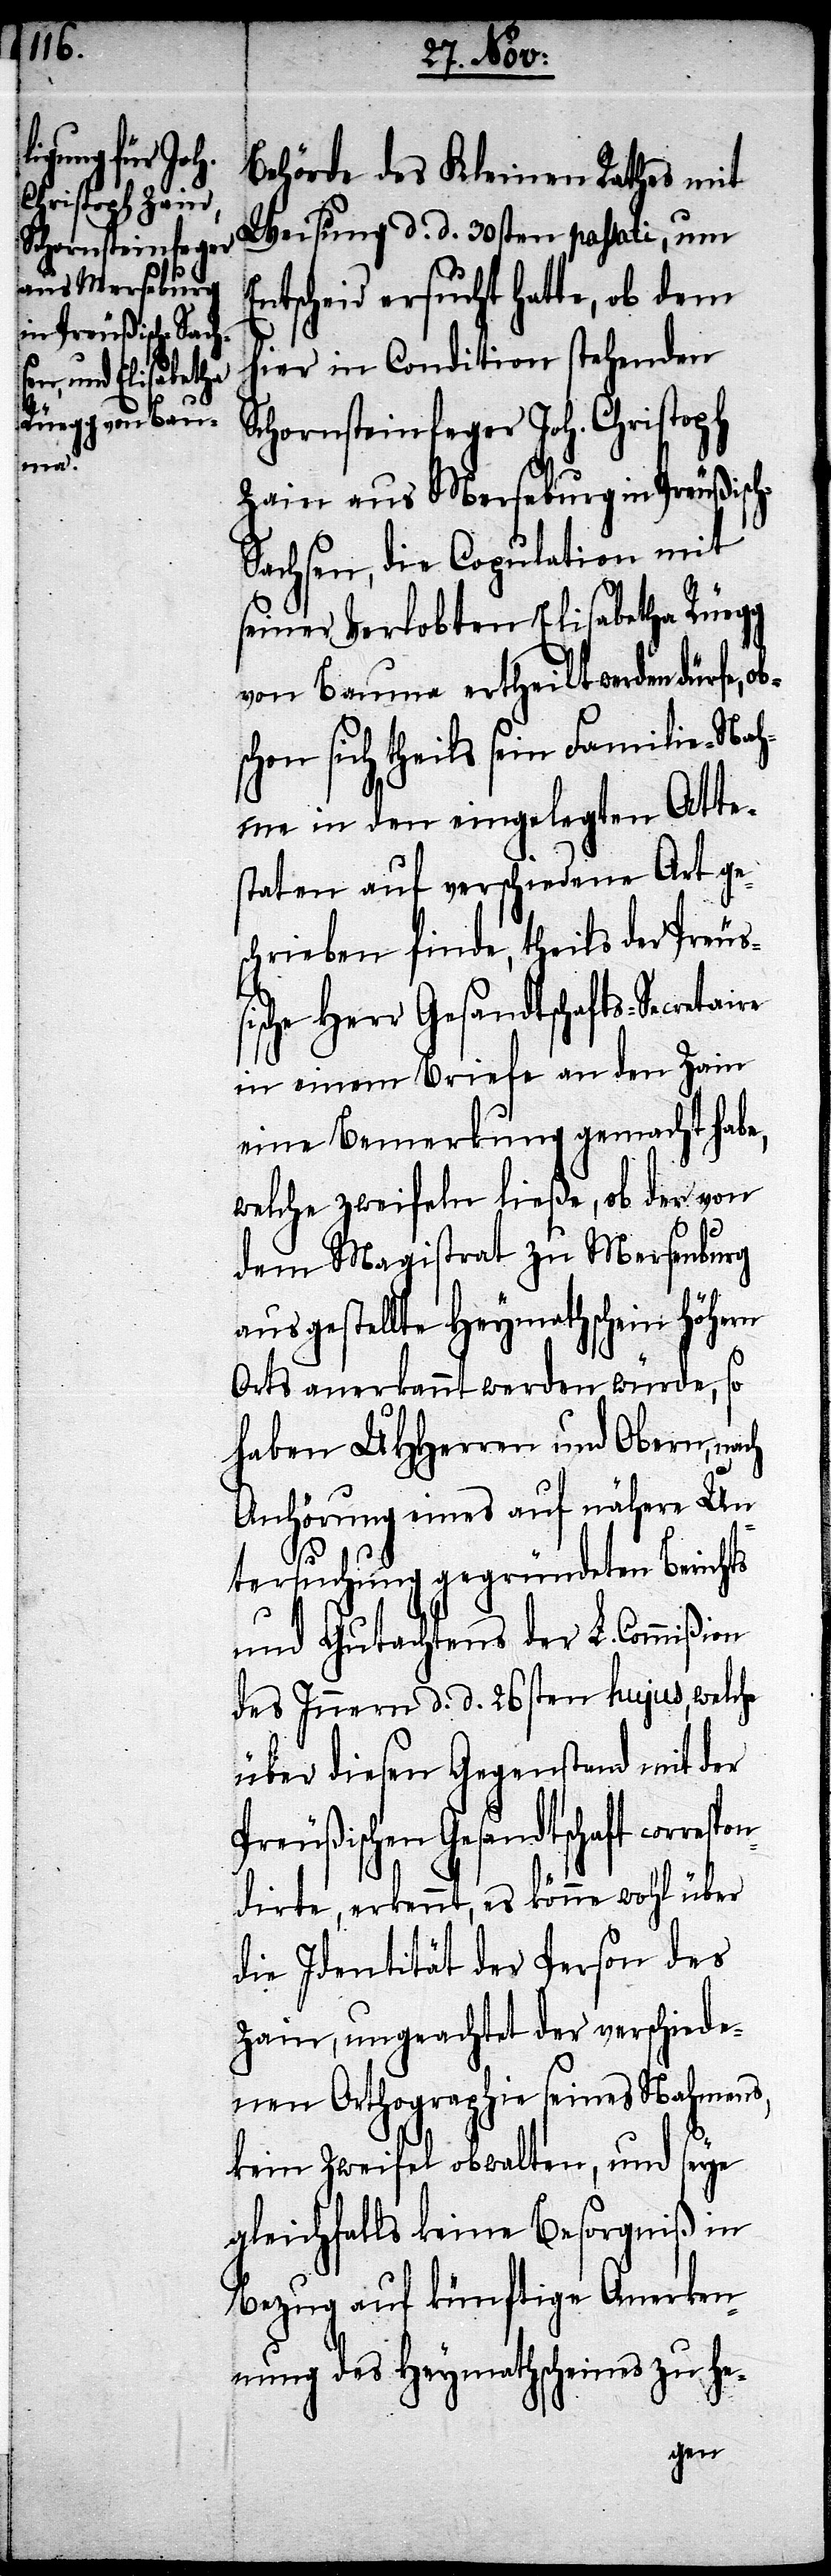
spon¬

Behörde des Kleinen Rathes mit
Weisung d. d. 30sten passati, um
tscheid ersucht hatte, ob dem
hier in Condition stehenden
Schornsteinfeger Joh. Christoph
Zain aus Merseburg in Preußisc¬
achsen, die Copulation mit
seiner Verlobten Elisabetha Rüegg
von Bauma ertheilt werden dürfe,
chon sich theils sein Familie-Nah¬
me in den eingelegten Atte¬
staten auf verschiedene Art ge¬
schrieben finde, theils der Preuß¬
ische Herr Gesandtschafts-Secreta¬
in einem Briefe an den Zain
eine Bemerkung gemacht habe,
welche zweifeln ließe, ob der von
dem Magistrat zu Mersenburg
ausgestellte Heymathschein höhern
Orts anerkannt werden würde, so
haben UHHerren und Obern, nach
Anhörung eines auf nähere Un¬
tersuchung gegründeten Berichts
und Gutachtens der L. Commißion
des Innern d. d. 26sten hujus, welche
über diesen Gegenstand mit der
Preußischen Gesandtschaft corre¬
dirte, erkennt, es könne wohl über
die Identität der Person des
Zain, ungeachtet der verschiede¬
nen Orthographie seines Nahmens,
kein Zweifel obwalten, und seye
gleichfalls keine Besorgniß in
Bezug auf künftige Anerken¬
nung des Heymathscheines zu he-